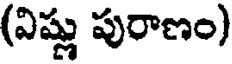
(విష్ణు పురాణం)